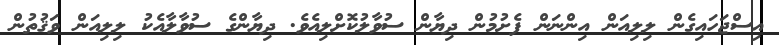
އިސްޖަހައިގެން ލިލިއަން އިންނަން ފެށުމުން ދިޔާން ސުވާލުކޮށްލިއެވެ. ދިޔާންގެ ސުވާލާއެކު ލިލިއަން ވަޤުތުން